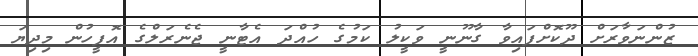
ޒުންނަވާރަށް ދޫކޮށްފައިވާ ގާނޫނީ ވަކީލު ކަމުގެ ހުއްދަ އެޓާނީ ޖެނެރަލްގެ އޮފީހުން މިދިޔަ